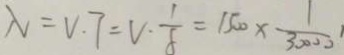
N = V . 7 = V \cdot \frac { 1 } { 8 } = 1 5 0 0 \times \frac { 1 } { 3 0 0 0 } ,